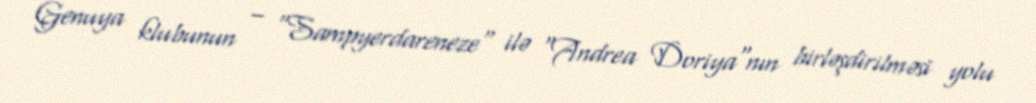
Genuya klubunun – "Sampyerdareneze" ilə "Andrea Doriya"nın birləşdirilməsi yolu